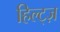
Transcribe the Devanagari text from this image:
हिल्ट्ज़